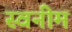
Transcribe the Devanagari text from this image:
स्वनीम